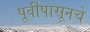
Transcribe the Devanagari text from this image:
पूर्वीपासूनचे